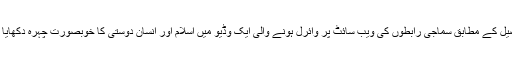
تفصیل کے مطابق سماجی رابطوں کی ویب سائٹ پر وائرل ہونے والی ایک وڈیو میں اسلام اور انسان دوستی کا خوبصورت چہرہ دکھایا گیا۔